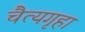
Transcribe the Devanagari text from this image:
चैत्यगृहा